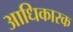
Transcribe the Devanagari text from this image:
अाधिकारक